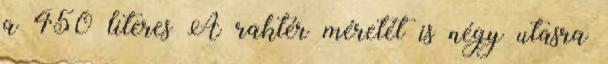
a 450 literes A raktér méretét is négy utasra